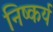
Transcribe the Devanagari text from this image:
निष्कर्य